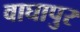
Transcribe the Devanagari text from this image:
वाघापुर